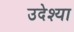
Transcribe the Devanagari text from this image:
उदेश्या